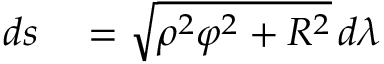
\begin{array} { r l } { d s } & { { } = { \sqrt { \rho ^ { 2 } \varphi ^ { 2 } + R ^ { 2 } } } \, d \lambda } \end{array}